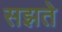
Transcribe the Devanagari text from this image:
सझते